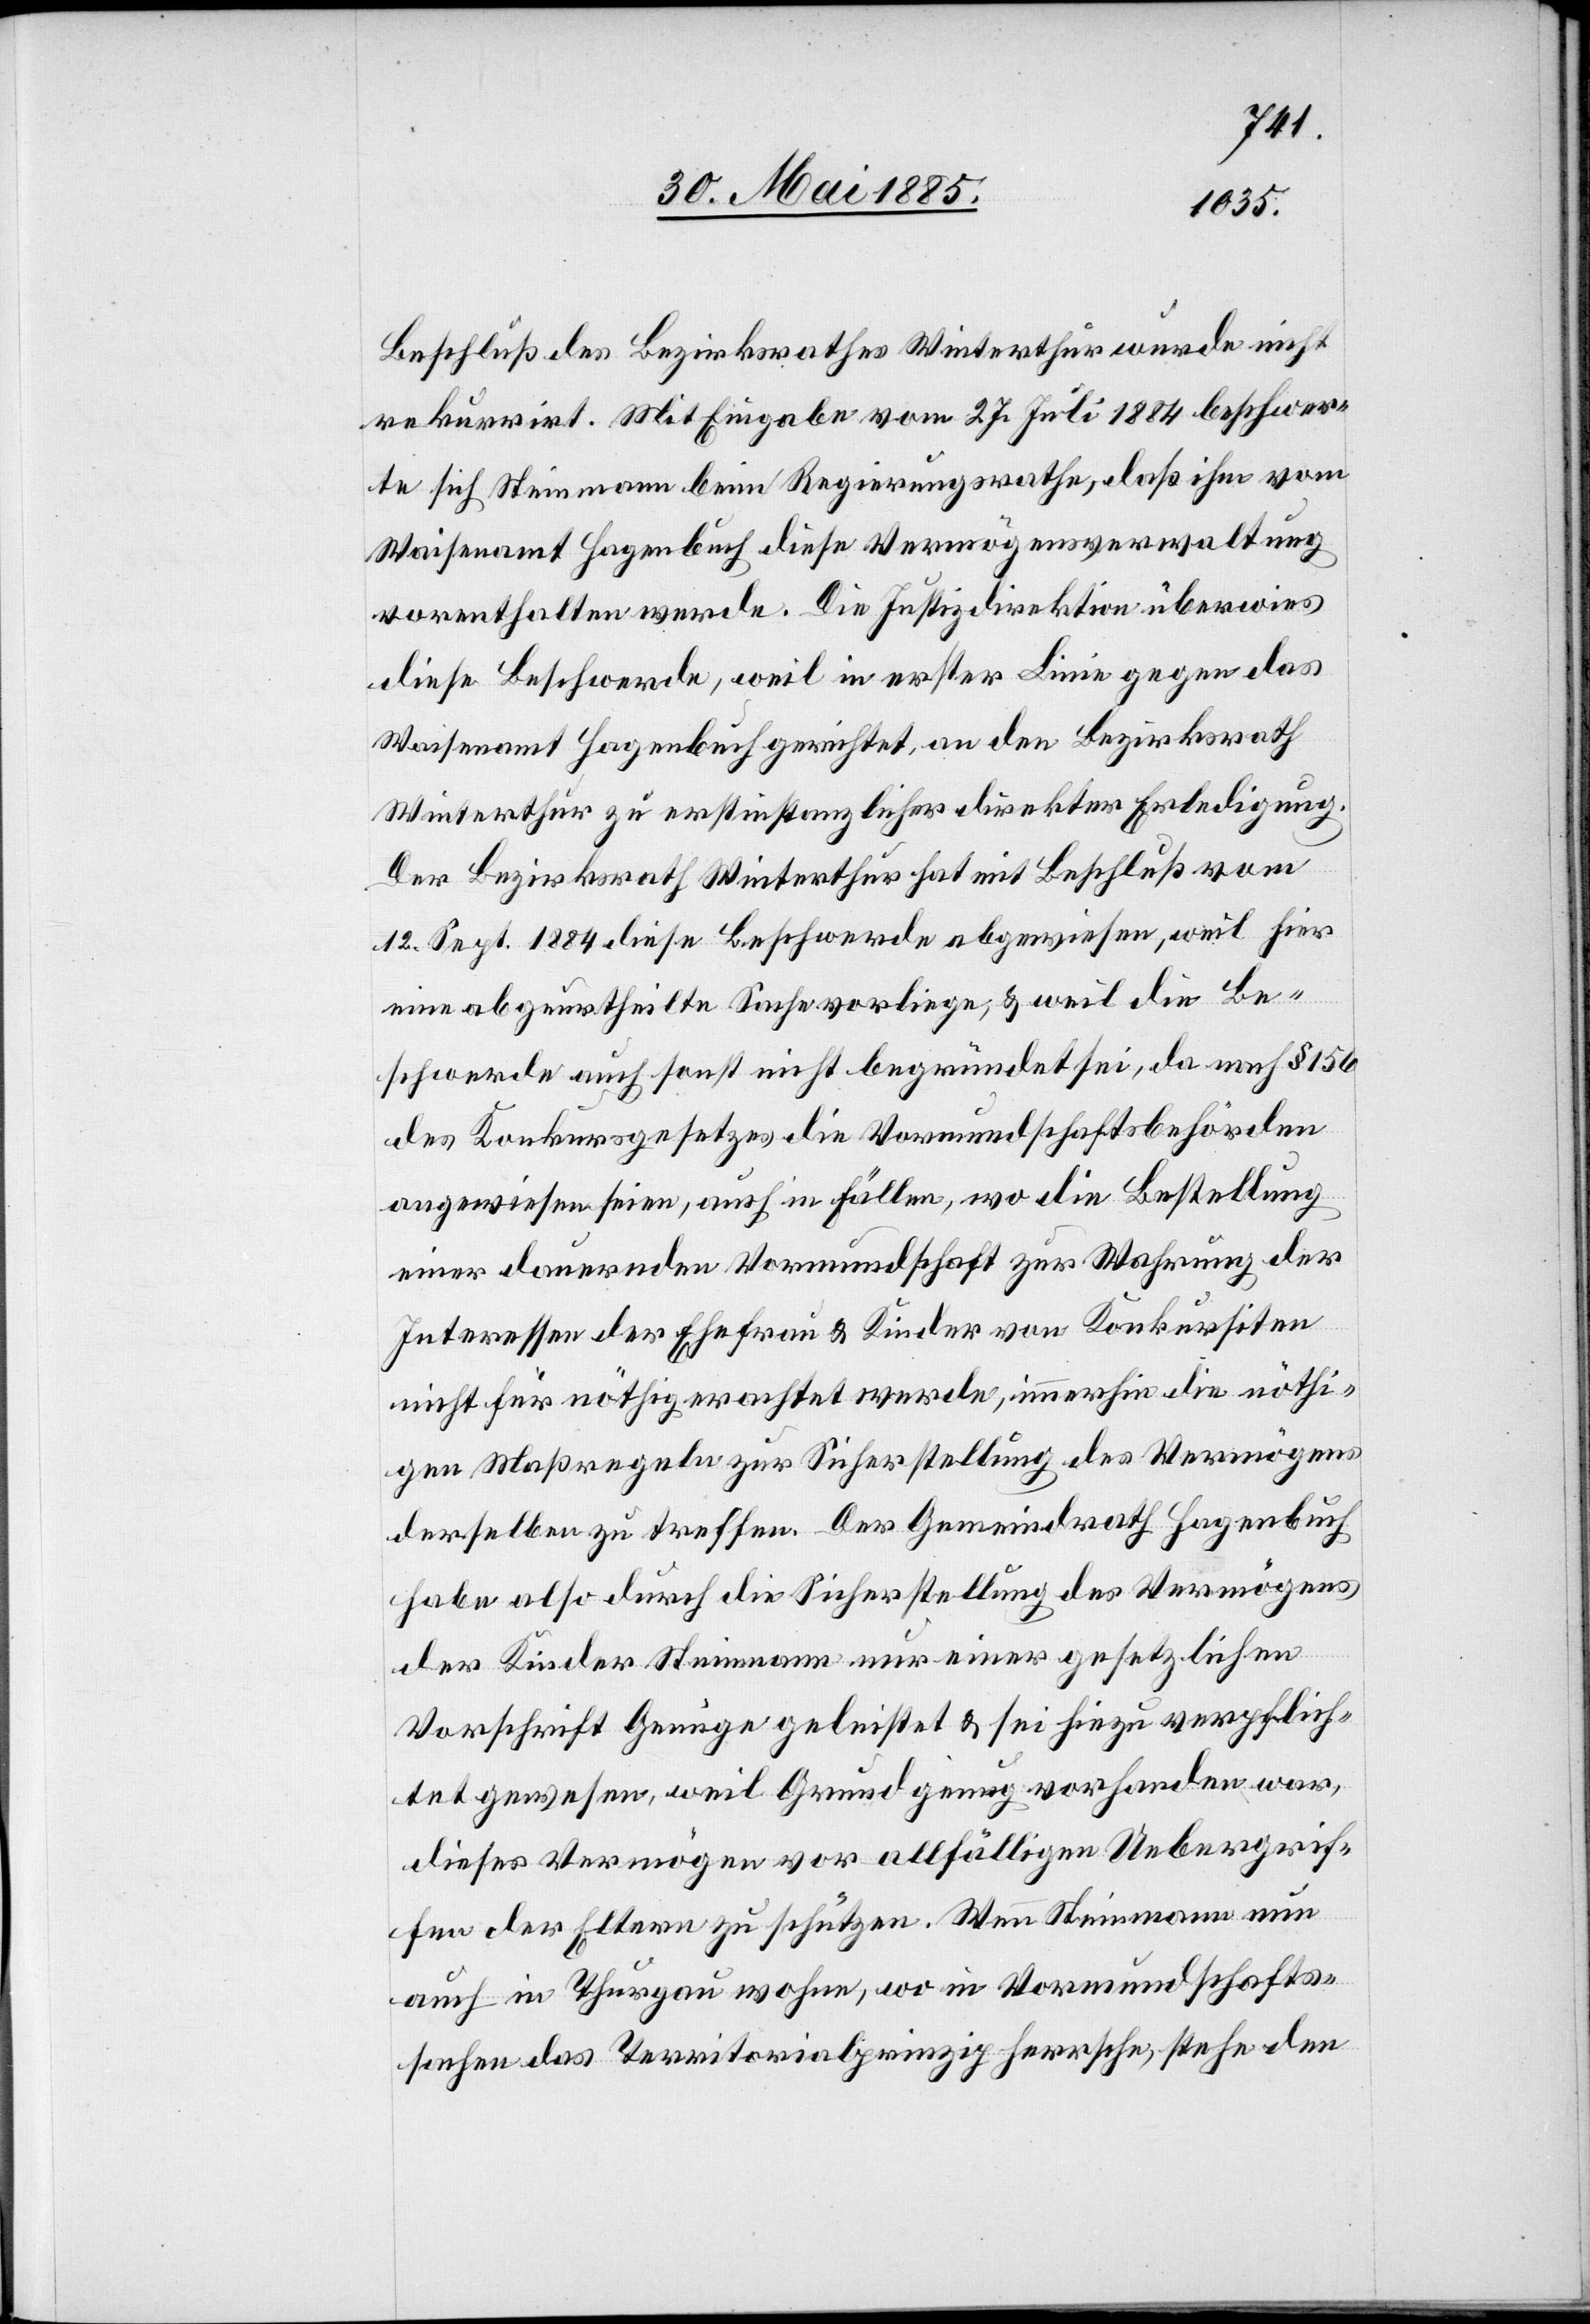
Beschluß des Bezirksrathes Winterthur wurde nicht
rekurrirt. Mit Eingabe vom 27. Juli 1884 beschwer¬
te sich Steinmann beim Regierungsrathe, daß ihm vom
Waisenamt Hagenbuch diese Vermögensverwaltung
vorenthalten werde. Die Justizdirektion überwies
diese Beschwerde, weil in erster Linie gegen das
Waisenamt Hagenbuch gerichtet, an den Bezirksrath
Winterthur zu erstinstanzlicher direkter Erledigung.
Der Bezirksrath Winterthur hat mit Beschluß vom
12. Sept. 1884 diese Beschwerde abgewiesen, weil hier
eine abgeurtheilte Sache vorliege, & weil die Be¬
schwerde auch sonst nicht begründet sei, da nach § 156
des Konkursgesetzes die Vormundschaftsbehörden
gewiesen seien, auch in Fällen, wo die Bestellung
einer dauernden Vormundschaft zur Wahrung der
Interessen der Ehefrau & Kinder von Konkursiten
nicht für nöthig erachtet werde, immerhin die nöthi¬
gen Maßregeln zur Sicherstellung des Vermögens
derselben zu treffen. Der Gemeindrath Hagenbuch
habe also durch die Sicherstellung des Vermögens
der Kinder Steinmann nur einer gesetzlichen
Vorschrift Genüge geleistet & sei hiezu verpflich¬
tet gewesen, weil Grund genug vorhanden war,
dieses Vermögen vor allfälligen Uebergrif¬
fen der Eltern zu schützen. Wenn Steinmann nun
auch in Thurgau wohne, wo in Vormundschafts¬
sachen das Territorialprinzip herrsche, stehe den